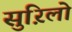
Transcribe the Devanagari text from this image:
सुऱिलो